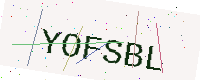
Text: YOFSBL